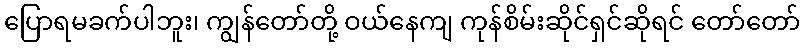
ပြောရမခက်ပါဘူး၊ ကျွန်တော်တို့ ဝယ်နေကျ ကုန်စိမ်းဆိုင်ရှင်ဆိုရင် တော်တော်